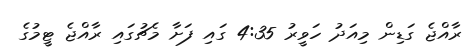
ރާއްޖެ ގަޑިން މިއަދު ހަވީރު 4:35 ގައި ފަށާ މެޗުގައި ރާއްޖެ ޓީމުގެ